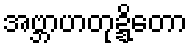
အဗ္ဘာဟတုဍ္ဍိတော